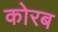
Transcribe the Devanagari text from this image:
कोरब